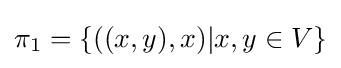
\pi _{1}=\{((x,y),x)|x,y\in V\}